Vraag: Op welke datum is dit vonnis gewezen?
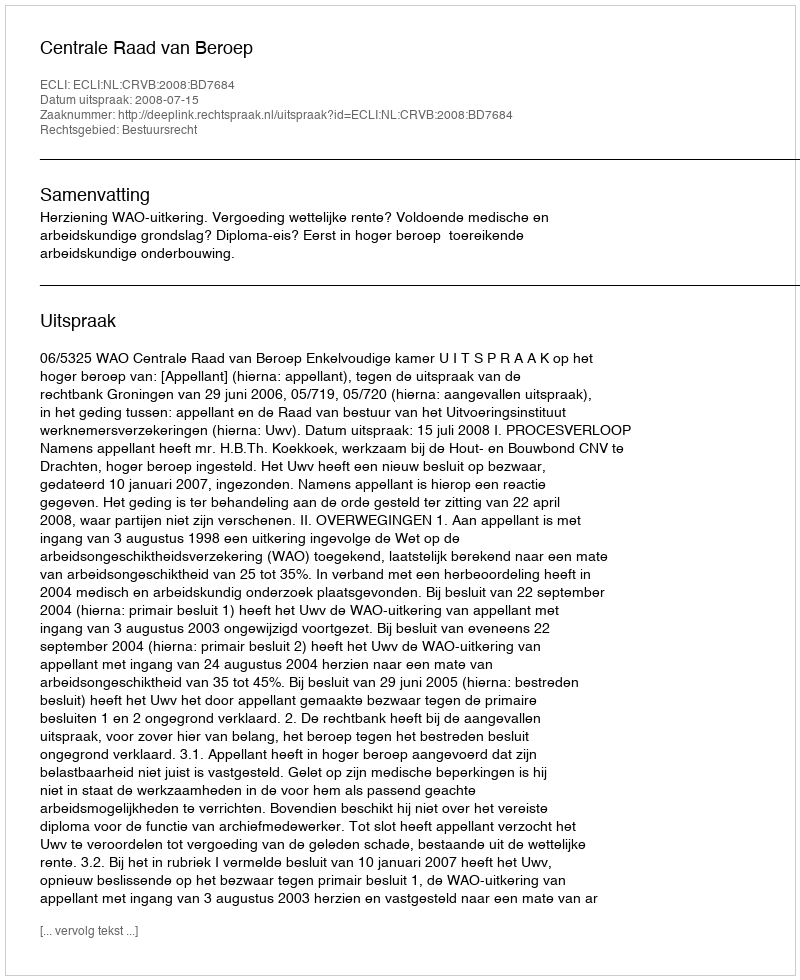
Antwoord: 2008-07-15